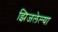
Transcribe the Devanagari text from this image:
झिजलेल्या